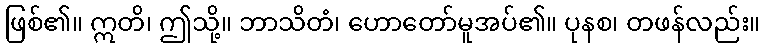
ဖြစ်၏။ ဣတိ၊ ဤသို့။ ဘာသိတံ၊ ဟောတော်မူအပ်၏။ ပုနစ၊ တဖန်လည်း။